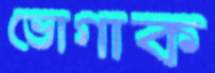
ভোগাক